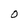
Character: O